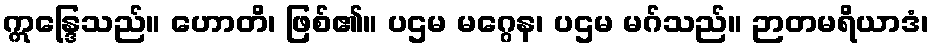
ဣန္ဒြေသည်။ ဟောတိ၊ ဖြစ်၏။ ပဌမ မဂ္ဂေန၊ ပဌမ မဂ်သည်။ ဉာတမရိယာဒံ၊